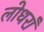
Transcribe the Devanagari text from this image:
लोधराँ